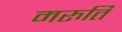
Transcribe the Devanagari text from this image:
मरुति